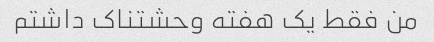
من فقط یک هفته وحشتناک داشتم